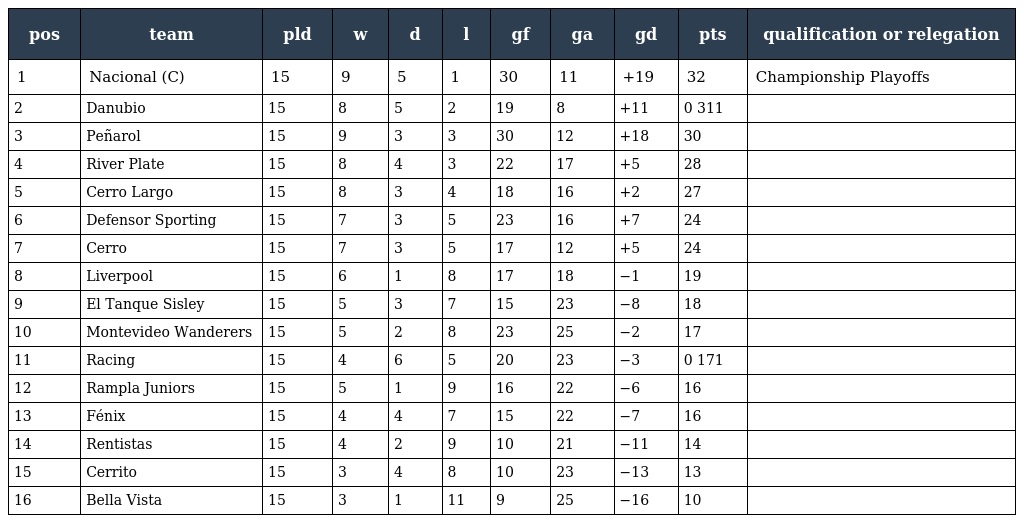
| pos | team | pld | w | d | l | gf | ga | gd | pts | qualification or relegation |
 | --- | --- | --- | --- | --- | --- | --- | --- | --- | --- | --- |
 | 1 | Nacional (C) | 15 | 9 | 5 | 1 | 30 | 11 | +19 | 32 | Championship Playoffs |
 | 2 | Danubio | 15 | 8 | 5 | 2 | 19 | 8 | +11 | 0 311 |  |
 | 3 | Peñarol | 15 | 9 | 3 | 3 | 30 | 12 | +18 | 30 |  |
 | 4 | River Plate | 15 | 8 | 4 | 3 | 22 | 17 | +5 | 28 |  |
 | 5 | Cerro Largo | 15 | 8 | 3 | 4 | 18 | 16 | +2 | 27 |  |
 | 6 | Defensor Sporting | 15 | 7 | 3 | 5 | 23 | 16 | +7 | 24 |  |
 | 7 | Cerro | 15 | 7 | 3 | 5 | 17 | 12 | +5 | 24 |  |
 | 8 | Liverpool | 15 | 6 | 1 | 8 | 17 | 18 | −1 | 19 |  |
 | 9 | El Tanque Sisley | 15 | 5 | 3 | 7 | 15 | 23 | −8 | 18 |  |
 | 10 | Montevideo Wanderers | 15 | 5 | 2 | 8 | 23 | 25 | −2 | 17 |  |
 | 11 | Racing | 15 | 4 | 6 | 5 | 20 | 23 | −3 | 0 171 |  |
 | 12 | Rampla Juniors | 15 | 5 | 1 | 9 | 16 | 22 | −6 | 16 |  |
 | 13 | Fénix | 15 | 4 | 4 | 7 | 15 | 22 | −7 | 16 |  |
 | 14 | Rentistas | 15 | 4 | 2 | 9 | 10 | 21 | −11 | 14 |  |
 | 15 | Cerrito | 15 | 3 | 4 | 8 | 10 | 23 | −13 | 13 |  |
 | 16 | Bella Vista | 15 | 3 | 1 | 11 | 9 | 25 | −16 | 10 |  |